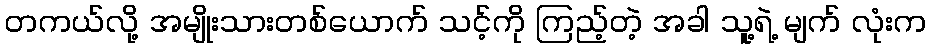
တကယ်လို့ အမျိုးသားတစ်ယောက် သင့်ကို ကြည့်တဲ့ အခါ သူ့ရဲ့ မျက် လုံးက